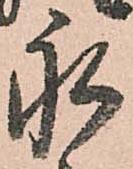
永